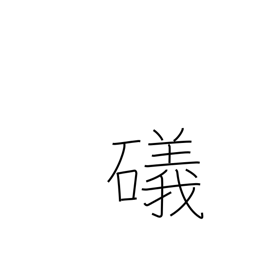
Meaning: shore